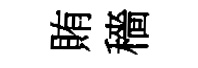
賄穡